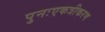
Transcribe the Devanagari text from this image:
पुनःएकत्रीकरण